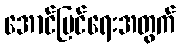
အောင်မြင်ရေးအတွက်